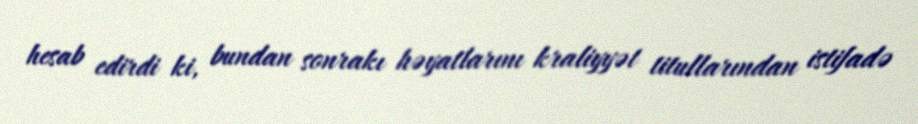
hesab edirdi ki, bundan sonrakı həyatlarını kraliyyət titullarından istifadə